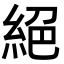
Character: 絕